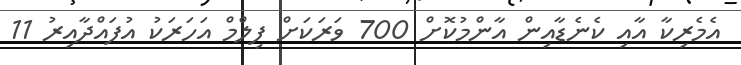
އެމެރިކާ އާއި ކެނެޑާއިން އާންމުކޮށް 700 ވަރަކަށް ފިލްމް އަހަރަކު އުފައްދާއިރު 11